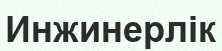
Инжинерлік